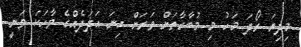
މިދިޔަ ރޯދަ މަހު މި މުބާރާތަށް ވަރަށް ގިނަ އަދަދެއްގެ ވާހަކަ ވަނީ